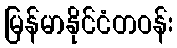
မြန်မာနိုင်ငံတဝန်း